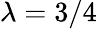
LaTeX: \lambda=3/4